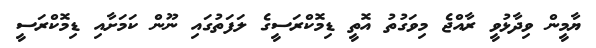
ޔާމީން ވިދާޅުވީ ރާއްޖެ މިވަގުތު އޮތީ ޑިމޮކްރަސީގެ ލަފަތުގައި ނޫން ކަަމަށާއި ޑިމޮކްރަސީ